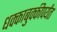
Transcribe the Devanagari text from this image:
धक्काबुक्कीपर्यंत